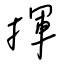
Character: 揮